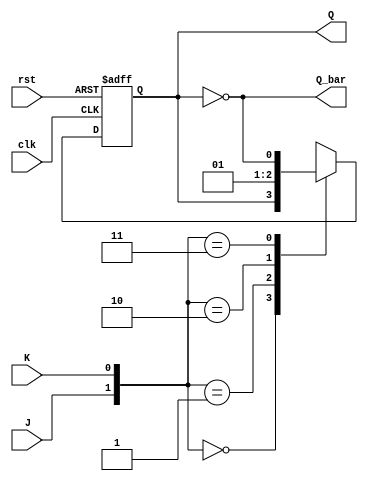
module JK_FF(Q, Q_bar, J, K, clk, rst);
input J, K;
input clk, rst;
output reg Q,Q_bar;
always @(posedge clk or posedge rst)
begin 
if(rst) Q <= 1'b0;
else 
begin
case({J,K})
2'b00 : Q<=Q;
2'b01 : Q<=0;
2'b10 : Q<=1;
2'b11 : Q<=~Q;
endcase
end
end

always@* Q_bar=~Q;
endmodule